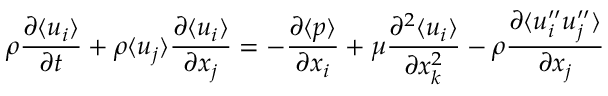
\rho \frac { \partial \langle { u _ { i } } \rangle } { \partial t } + \rho \langle { u _ { j } } \rangle \frac { \partial \langle { u _ { i } } \rangle } { \partial x _ { j } } = - \frac { \partial \langle { p } \rangle } { \partial x _ { i } } + \mu \frac { \partial ^ { 2 } \langle { u _ { i } } \rangle } { \partial x _ { k } ^ { 2 } } - \rho \frac { \partial \langle { u _ { i } ^ { \prime \prime } u _ { j } ^ { \prime \prime } } \rangle } { \partial x _ { j } }